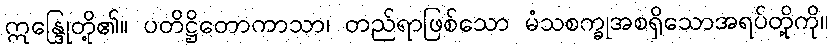
ဣန္ဒြေုတို့၏။ ပတိဋ္ဌိတောကာသာ၊ တည်ရာဖြစ်သော မံသစက္ခုအစရှိသောအရပ်တို့ကို။